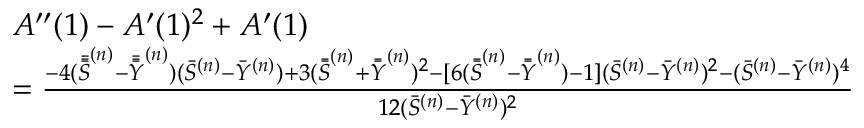
\begin{array} { r l } & { A ^ { \prime \prime } ( 1 ) - A ^ { \prime } ( 1 ) ^ { 2 } + A ^ { \prime } ( 1 ) } \\ & { = \frac { - 4 ( \Bar { \Bar { \Bar { S } } } ^ { ( n ) } - \Bar { \Bar { \Bar { Y } } } ^ { ( n ) } ) ( \Bar { S } ^ { ( n ) } - \Bar { Y } ^ { ( n ) } ) + 3 ( \Bar { \Bar { S } } ^ { ( n ) } + \Bar { \Bar { Y } } ^ { ( n ) } ) ^ { 2 } - [ 6 ( { \Bar { \Bar { S } } } ^ { ( n ) } - { \Bar { \Bar { Y } } } ^ { ( n ) } ) - 1 ] ( \Bar { S } ^ { ( n ) } - \Bar { Y } ^ { ( n ) } ) ^ { 2 } - ( \Bar { S } ^ { ( n ) } - \Bar { Y } ^ { ( n ) } ) ^ { 4 } } { 1 2 ( \Bar { S } ^ { ( n ) } - \Bar { Y } ^ { ( n ) } ) ^ { 2 } } } \end{array}